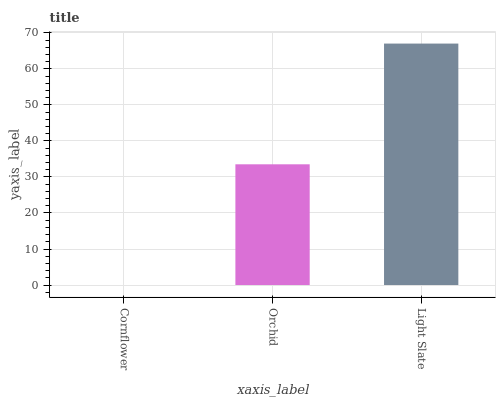
| xaxis_label | bars |
 | --- | --- |
 | Cornflower | 0 |
 | Orchid | 33.5 |
 | Light Slate | 67 |